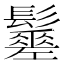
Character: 𩯸